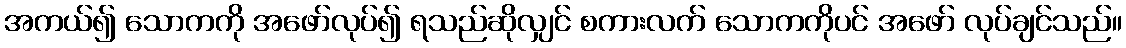
အကယ်၍ သောကကို အဖော်လုပ်၍ ရသည်ဆိုလျှင် စကားလက် သောကကိုပင် အဖော် လုပ်ချင်သည်။